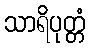
သာရိပုတ္တံ